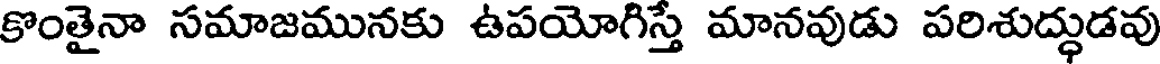
కొంతైనా సమాజమునకు ఉపయోగిస్తే మానవుడు పరిశుద్ధుడవు